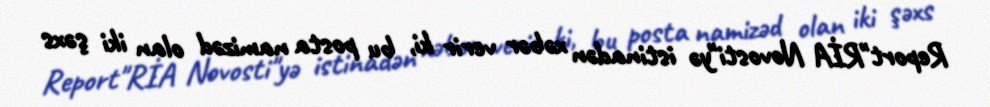
Report"RİA Novosti"yə istinadən xəbər verir ki, bu posta namizəd olan iki şəxs